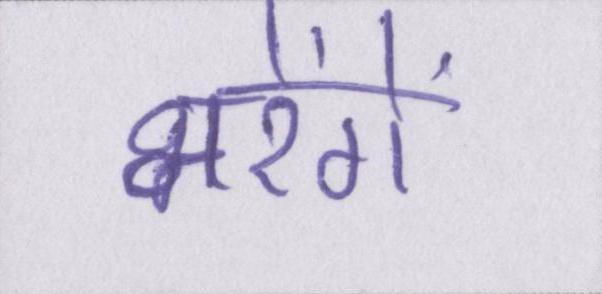
भरेंगे